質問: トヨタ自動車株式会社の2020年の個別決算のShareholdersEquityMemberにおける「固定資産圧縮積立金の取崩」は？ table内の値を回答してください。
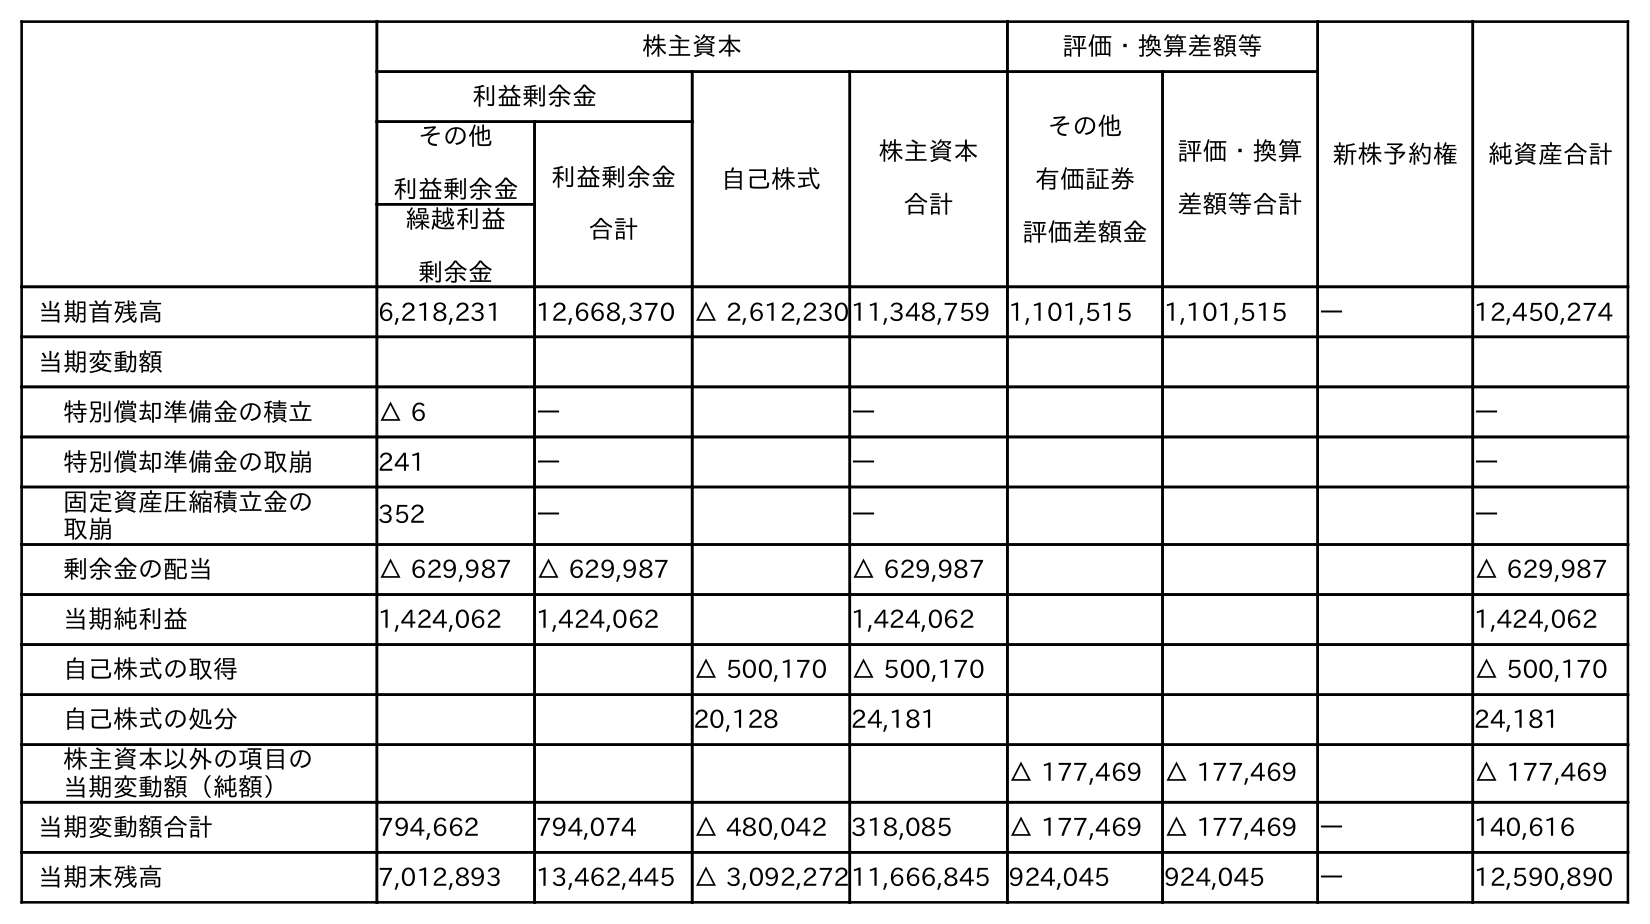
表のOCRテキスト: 株主資本 評価・換算差額等 新株予約権 純資産合計 利益剰余金 自己株式 株主資本 合計 その他 有価証券 評価差額金 評価・換算 差額等合計 その他 利益剰余金 利益剰余金 合計 繰越利益 剰余金 当期首残高 6,218,231 12,668,370 △ 2,612,23011,348,759 1,101,515 1,101,515 ― 12,450,274 当期変動額 特別償却準備金の積立 △ 6 ― ― ― 特別償却準備金の取崩 241 ― ― ― 固定資産圧縮積立金の 取崩 352 ― ― ― 剰余金の配当 △ 629,987 △ 629,987 △ 629,987 △ 629,987 当期純利益 1,424,062 1,424,062 1,424,062 1,424,062 自己株式の取得 △ 500,170 △ 500,170 △ 500,170 自己株式の処分 20,128 24,181 24,181 株主資本以外の項目の 当期変動額（純額） △ 177,469 △ 177,469 △ 177,469 当期変動額合計 794,662 794,074 △ 480,042 318,085 △ 177,469 △ 177,469 ― 140,616 当期末残高 7,012,893 13,462,445 △ 3,092,27211,666,845 924,045 924,045 ― 12,590,890
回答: ―